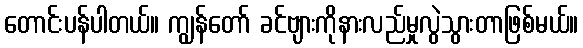
တောင်းပန်ပါတယ်။ ကျွန်တော် ခင်ဗျားကိုနားလည်မှုလွဲသွားတာဖြစ်မယ်။